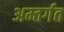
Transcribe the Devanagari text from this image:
अम्तर्गत